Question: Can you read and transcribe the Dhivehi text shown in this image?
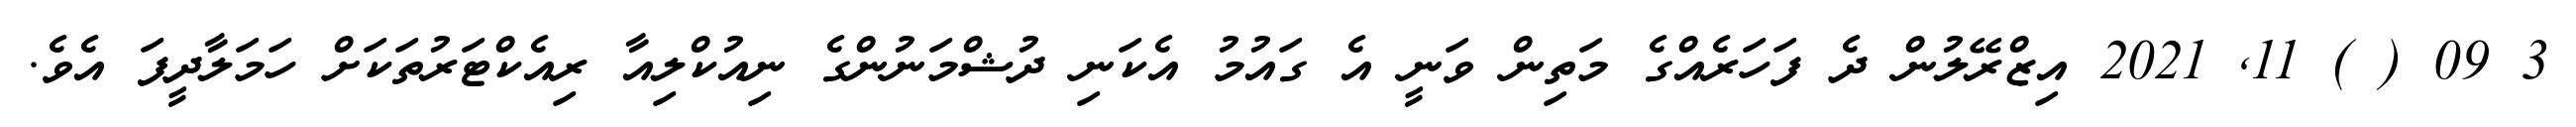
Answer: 3 09 ( ) 11, 2021 އިޒްރޭލުން ދެ ފަހަރެއްގެ މަތިން ވަނީ އެ ގައުމު އެކަނި ދުޝްމަނުންގެ ނިއުކްލިއާ ރިއެކްޓަރުތަކަށް ހަމަލާދީފަ އެވެ.